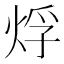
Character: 烰